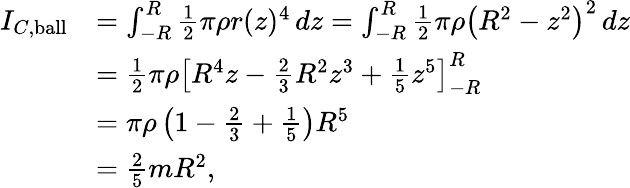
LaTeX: {\begin{array}{rl}{I_{C,{\mathrm{ball}}}}&{=\int_{-R}^{R}{\frac{1}{2}}\pi\rho r(z)^{4}\, dz=\int_{-R}^{R}{\frac{1}{2}}\pi\rho\left(R^{2}-z^{2}\right)^{2}\, dz}\\ &{={\frac{1}{2}}\pi\rho\left[R^{4}z-{\frac{2}{3}}R^{2}z^{3}+{\frac{1}{5}}z^{5}\right]_{-R}^{R}}\\ &{=\pi\rho\left(1-{\frac{2}{3}}+{\frac{1}{5}}\right)R^{5}}\\ &{={\frac{2}{5}}mR^{2},}\end{array}}